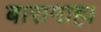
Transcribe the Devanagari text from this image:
बारामाह।